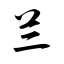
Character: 兰